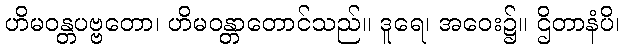
ဟိမဝန္တပဗ္ဗတော၊ ဟိမဝန္တာတောင်သည်။ ဒူရေ၊ အဝေး၌။ ဌိတာနံပိ၊